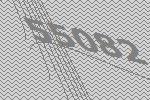
55082